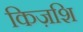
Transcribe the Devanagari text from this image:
किज़शि